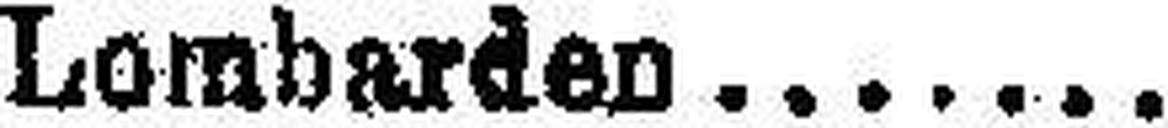
Lombarden